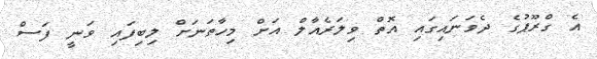
އެ ގްރޫޕުގެ ދެވަނައިގައި އޮތް ވިލަރެއާލް އަށް މިހާތަނަށް ލިބިފައި ވަނީ ފަސް